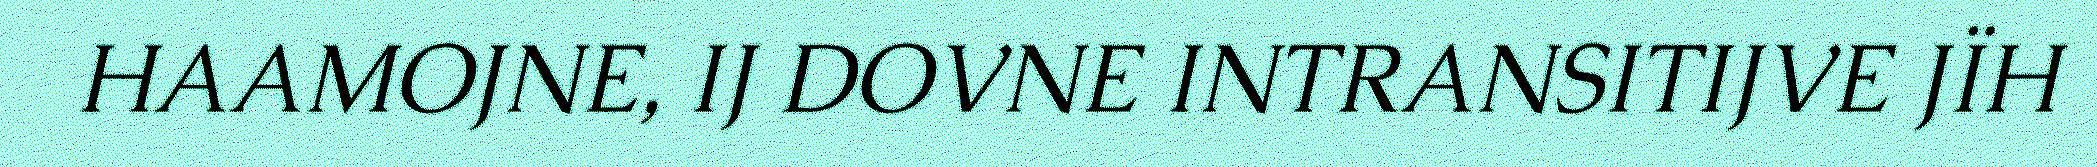
HAAMOJNE, IJ DOVNE INTRANSITIJVE JÏH